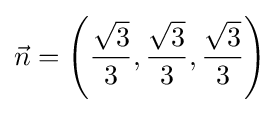
{\vec {n}}=\left({\frac {\sqrt {3}}{3}},{\frac {\sqrt {3}}{3}},{\frac {\sqrt {3}}{3}}\right)